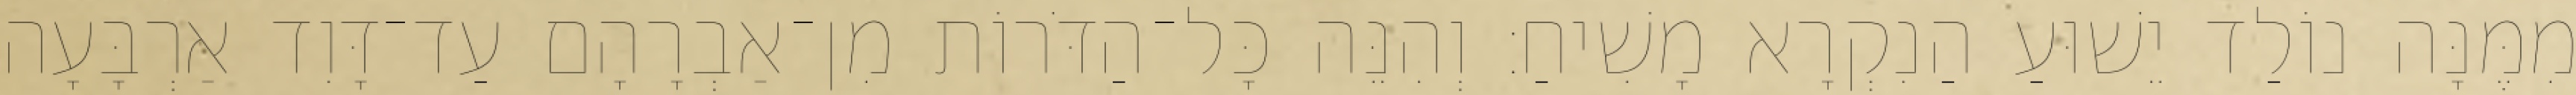
מִמֶּנָּה נוֹלַד יֵשׁוּעַ הַנִקְרָא מָשִׁיחַ׃ וְהִנֵּה כָּל־הַדֹּרוֹת מִן־אַבְרָהָם עַד־דָּוִד אַרְבָּעָה